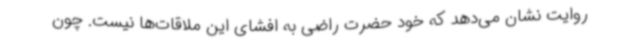
روایت نشان می‌دهد که خود حضرت راضی به افشای این ملاقات‌ها نیست. چون